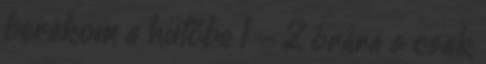
berakom a hütőbe 1 - 2 órára s csak